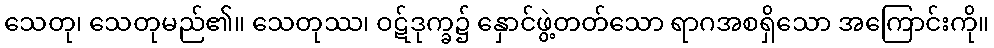
သေတု၊ သေတုမည်၏။ သေတုဿ၊ ဝဋ်ဒုက္ခ၌ နှောင်ဖွဲ့တတ်သော ရာဂအစရှိသော အကြောင်းကို။